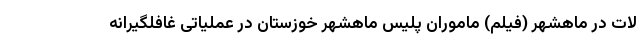
لات در ماهشهر (فیلم) ماموران پلیس ماهشهر خوزستان در عملیاتی غافلگیرانه